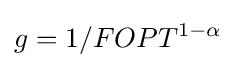
g=1/FOPT^{1-\alpha }